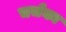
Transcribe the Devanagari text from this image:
चर्चका